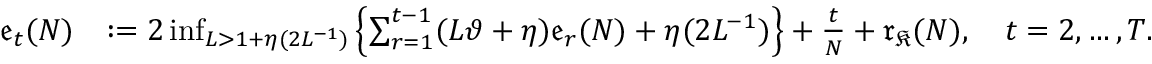
\begin{array} { r l } { \mathfrak { e } _ { t } ( N ) } & { : = 2 \operatorname* { i n f } _ { L > 1 + \eta ( 2 L ^ { - 1 } ) } \left\{ \sum _ { r = 1 } ^ { t - 1 } ( L \vartheta + \eta ) \mathfrak { e } _ { r } ( N ) + \eta ( 2 L ^ { - 1 } ) \right\} + \frac { t } { N } + \mathfrak { r } _ { \mathfrak { K } } ( N ) , \quad t = 2 , \dots , T . } \end{array}